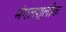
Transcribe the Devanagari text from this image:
मंगलश्लोक